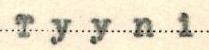
Tyyni